Medical and sanitary report of the native army of Bengal for the year
Year: 1875
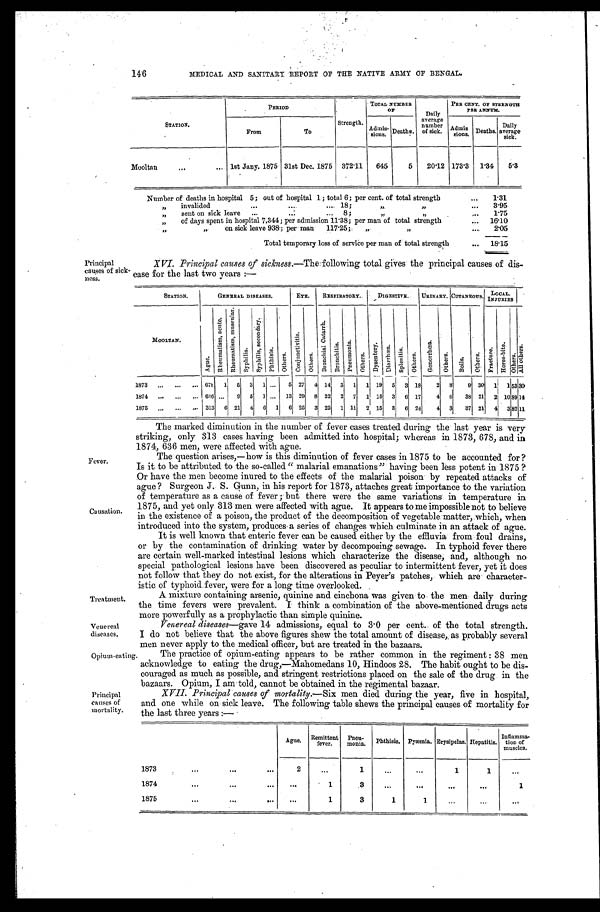
Principal
causes of sick
-ness.
Fever.
Causation.
Treatment.
Venereal
diseases.
Opium-eating.
146
MEDICAL AND SANITARY REPORT OF THE NATIVE ARMY OF BENGAL.
STATION.
PERIOD
Strength.
TOTAL NUMBER
O F
Daily
average
number
of sick.
PER CENT. OF STRENGTH
PER ANNUM.
From
To
A d m i s - s i o n s .
D e a t h s .
Admis
sions. Deaths.
Daily
average
sick.
Mooltan . . .
lst Jany. 1875 31st Dec. 1875
372.11
645
5
20.12 173.3 1.34
5.3
Number of deaths in hospital 5; out of hospital 1; total 6; per cent. of total strength . . .
1.31
" invalided . . . 18; " " . . .
3.95
" s e n t o n s i c k l e a v e . . . 8 ; " "
1.75
" of days spent in hospital 7,344; per admission 11.38; per man of total strength . . .
16.10
" " on sick leave 938; per man
117.25; " " . . .
2.05
Total temporary loss of service per man of total strength . . .
18.15
Principal
causes of
mortality.
XVI. Principal causes of sickness.— The following total gives the principal causes of dis
-ease for the last two years :—
STATION.
GENERAL DISEASES.
EYE.
RESPIRATORY.
DIGESTIVE.
URINARY. CUTANEOUS.
L O C A L .
I N J U R I E S
MOOLTAN.
Ague.
R h e u m a t i s m , a c u t e .
R h e u m a t i s m , m u s c u l a r .
S y p h i l i s .
S y p h i l i s , s e c o n d a r y .
Pht hi si s.
O t h e r s .
C o n j u n c t i v i t i s .
O t h e r s .
B r o n c h i a l C a t a r r h .
B r o n c h i t i s .
P n e u m o n i a .
O t h e r s .
D y s e n t e r y . D i a r r h œ a .
S p l e n i t i s .
O t h e r s .
G o n o r r h œ a .
O t h e r s .
B o i l s .
Ot hers.
F r a c t u r e .
H o r s e - b i t e .
O t h e r s .
A l l o t h e r s .
1873 . . . 678 1
5
3
1 . . .
5 27
4 14
3
1
1 19
5
3 18
2
8
9 30
1
1
5 3
30
1874 . . . 636 . . .
9
5
1 . . . 13 29 8 22 2 7
1 15 3
6 17
4 6
38 21
2 10 89 14
1875 . . . 313
6 21
4
6
1
6 25
3 22
1 11
2 15
3
6 24
4 3 37 21
4 3 82 11
The marked diminution in the number of fever cases treated during the last year is very
striking, only 313 cases having been admitted into hospital; whereas in 1873, 678, and in
1874, 636 men, were affected with ague.
The question arises,—how is this diminution of fever cases in 1875 to be accounted for?
Is it to be attributed to the so-called "malarial emanations" having been less potent in 1875 ?
Or have the men become inured to the effects of the malarial poison by repeated attacks of
ague? Sur geon J. S. Gunn, i n hi s r epor t f or 1873, at t aches gr eat i mpor t ance t o t he var i at i on
of temperature as a cause of fever; but there were the same variations in temperature in
1875, and yet only 313 men were affected with ague. It appears to me impossible not to believe
in the existence of a poison, the product of the decomposition of vegetable matter, which, when
introduced into the system, produces a series of changes which culminate in an attack of ague.
It is well known that enteric fever can be caused either by the effluvia from foul drains,
or by the contamination of drinking water by decomposing sewage. In typhoid fever there
are certain well-marked intestinal lesions which characterize the disease, and, although no
special pathological lesions have been discovered as peculiar to intermittent fever, yet it does
not follow that do to not exist, for the alterations in Peyer's patches, which are character
- i s t i c o f t y p h o i d f e v e r , w e r e f o r a l o n g t i m e o v e r l o o k e d .
A mixture containing arsenic, quinine and cinchona was given to the men daily during
the time fevers were prevalent. I think a combination of the above-mentioned drugs acts
more powerfully as a prophylactic than simple quinine.
Venereal diseases— gave 14 admissions, equal to 3.0 per cent. of the total strength.
I do not believe that the above figures shew the total amount of disease, as probably several
men never apply to the medical officer, but are treated in the bazaars
.
The practice of opium-eating appears to be rather common in the regiment: 38 men
acknowledge to eating the drug,—Mahomedans 10, Hindoos 28. The habit ought to be dis
-couraged as much as possible, and stringent restrictions placed on the sale of the drug in the
bazaars. Opium, I am told, cannot be obtained in the regimental bazaar.
XVII. Principal causes of mortality.— Six men died during the year, five in hospital,
and one while on sick leave. The following table shews the principal causes of mortality for
the last three years :—
Ague.
R e m i t t e n t
fever.
Pneu-
monia.
Phthisis. Pyæmia. Erysipelas. Hepatitis.
Inflamma-
tion of
muscles.
1873 . . .
2
. . .
1
. . .
. . .
1
1
. . .
1874 . . .
. . .
1
3
. . .
. . .
. . .
. . .
1
1875 . . .
. . .
1
3
1
1
. . .
. . .
. . .